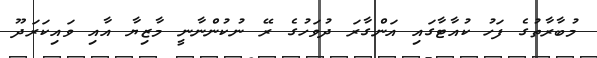
މުބާރާތުގެ ފަހު ކުއާޓާގައި އަންގާރަ ދުވަހުގެ ރޭ ނުކުންނާނީ މާޒިޔާ އާއި ވައިކަރަދޫ